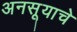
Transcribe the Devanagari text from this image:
अनसूयाचे